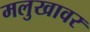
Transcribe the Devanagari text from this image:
मलुखावर